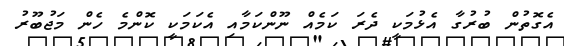
އެގޮތުން ބުރުގާ އެޅުމަކީ ދެރަ ކަމެއް ނޫންކަމާއި އެކަމަކީ ކޮންމެ ހެން މަޖުބޫރު